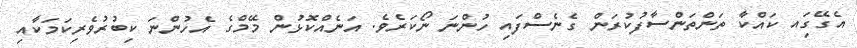
އެގޭގަިއ ކައްކާ ތަންތަންސާފުކުރަން ގެނެސްފައި ހުންނަ ނޯކަރެވެ. އަނެއްކޮޅުން މޭމްގެ އެހުންނަ ކިބުރުވެރިކަމަކާއި